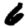
Digit: 6